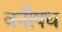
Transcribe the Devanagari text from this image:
वनौषध